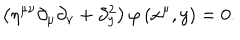
LaTeX: \left( \eta ^ { \mu \nu } \partial _ { \mu } \partial _ { \nu } + \partial _ { y } ^ { 2 } \right) \varphi \left( x ^ { \mu } , y \right) = 0 .